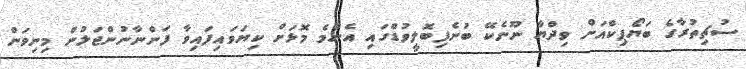
ސުޗިތުރާގެ ބަޔޯޕިކްއަށް ވިދްޔާ ނޫނެކޭ ބުނެފިބޮލީވުޑްގައި އެންމެ މޮޅަށް ކިޔަވައިފައިވާ ފަންނާނުންޖަލުން މިނިވަން